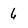
Character: 6